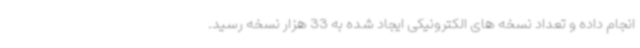
انجام داده و تعداد نسخه های الکترونیکی ایجاد شده به 33 هزار نسخه رسید.